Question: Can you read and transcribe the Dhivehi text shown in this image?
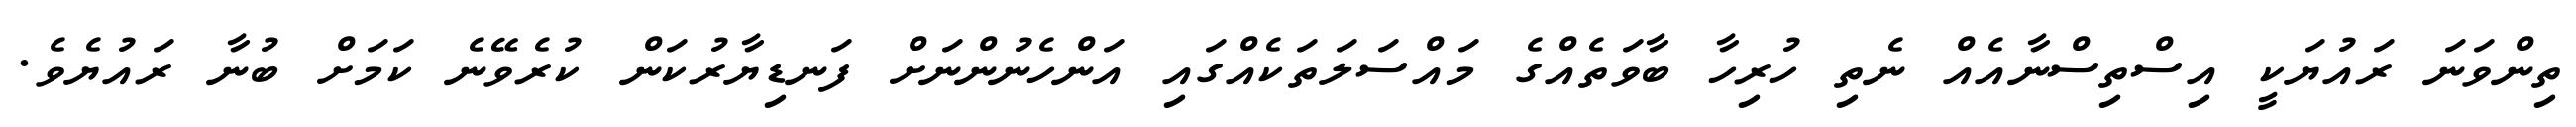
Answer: ތިންވަނަ ރައުޔަކީ އިސްތިސްނާއެއް ނެތި ހުރިހާ ބާވަތެއްގެ މައްސަލަތަކެއްގައި އަންހެނުންނަށް ފަނޑިޔާރުކަން ކުރެވޭނެ ކަމަށް ބުނާ ރައުޔެވެ.